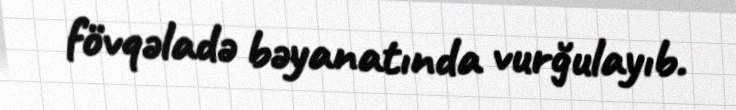
fövqəladə bəyanatında vurğulayıb.